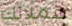
عملائك